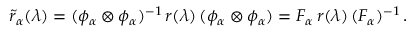
\tilde { r } _ { \alpha } ( \lambda ) = ( \phi _ { \alpha } \otimes \phi _ { \alpha } ) ^ { - 1 } \, r ( \lambda ) \, ( \phi _ { \alpha } \otimes \phi _ { \alpha } ) = F _ { \alpha } \, r ( \lambda ) \, ( F _ { \alpha } ) ^ { - 1 } \, .